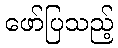
ဖော်ပြသည့်